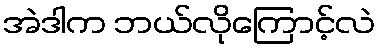
အဲဒါက ဘယ်လိုကြောင့်လဲ